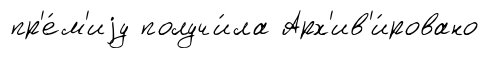
пр'е́м'иjу получи́ла Арх'ив'и́ровано